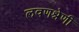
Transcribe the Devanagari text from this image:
लवणश्रेणी